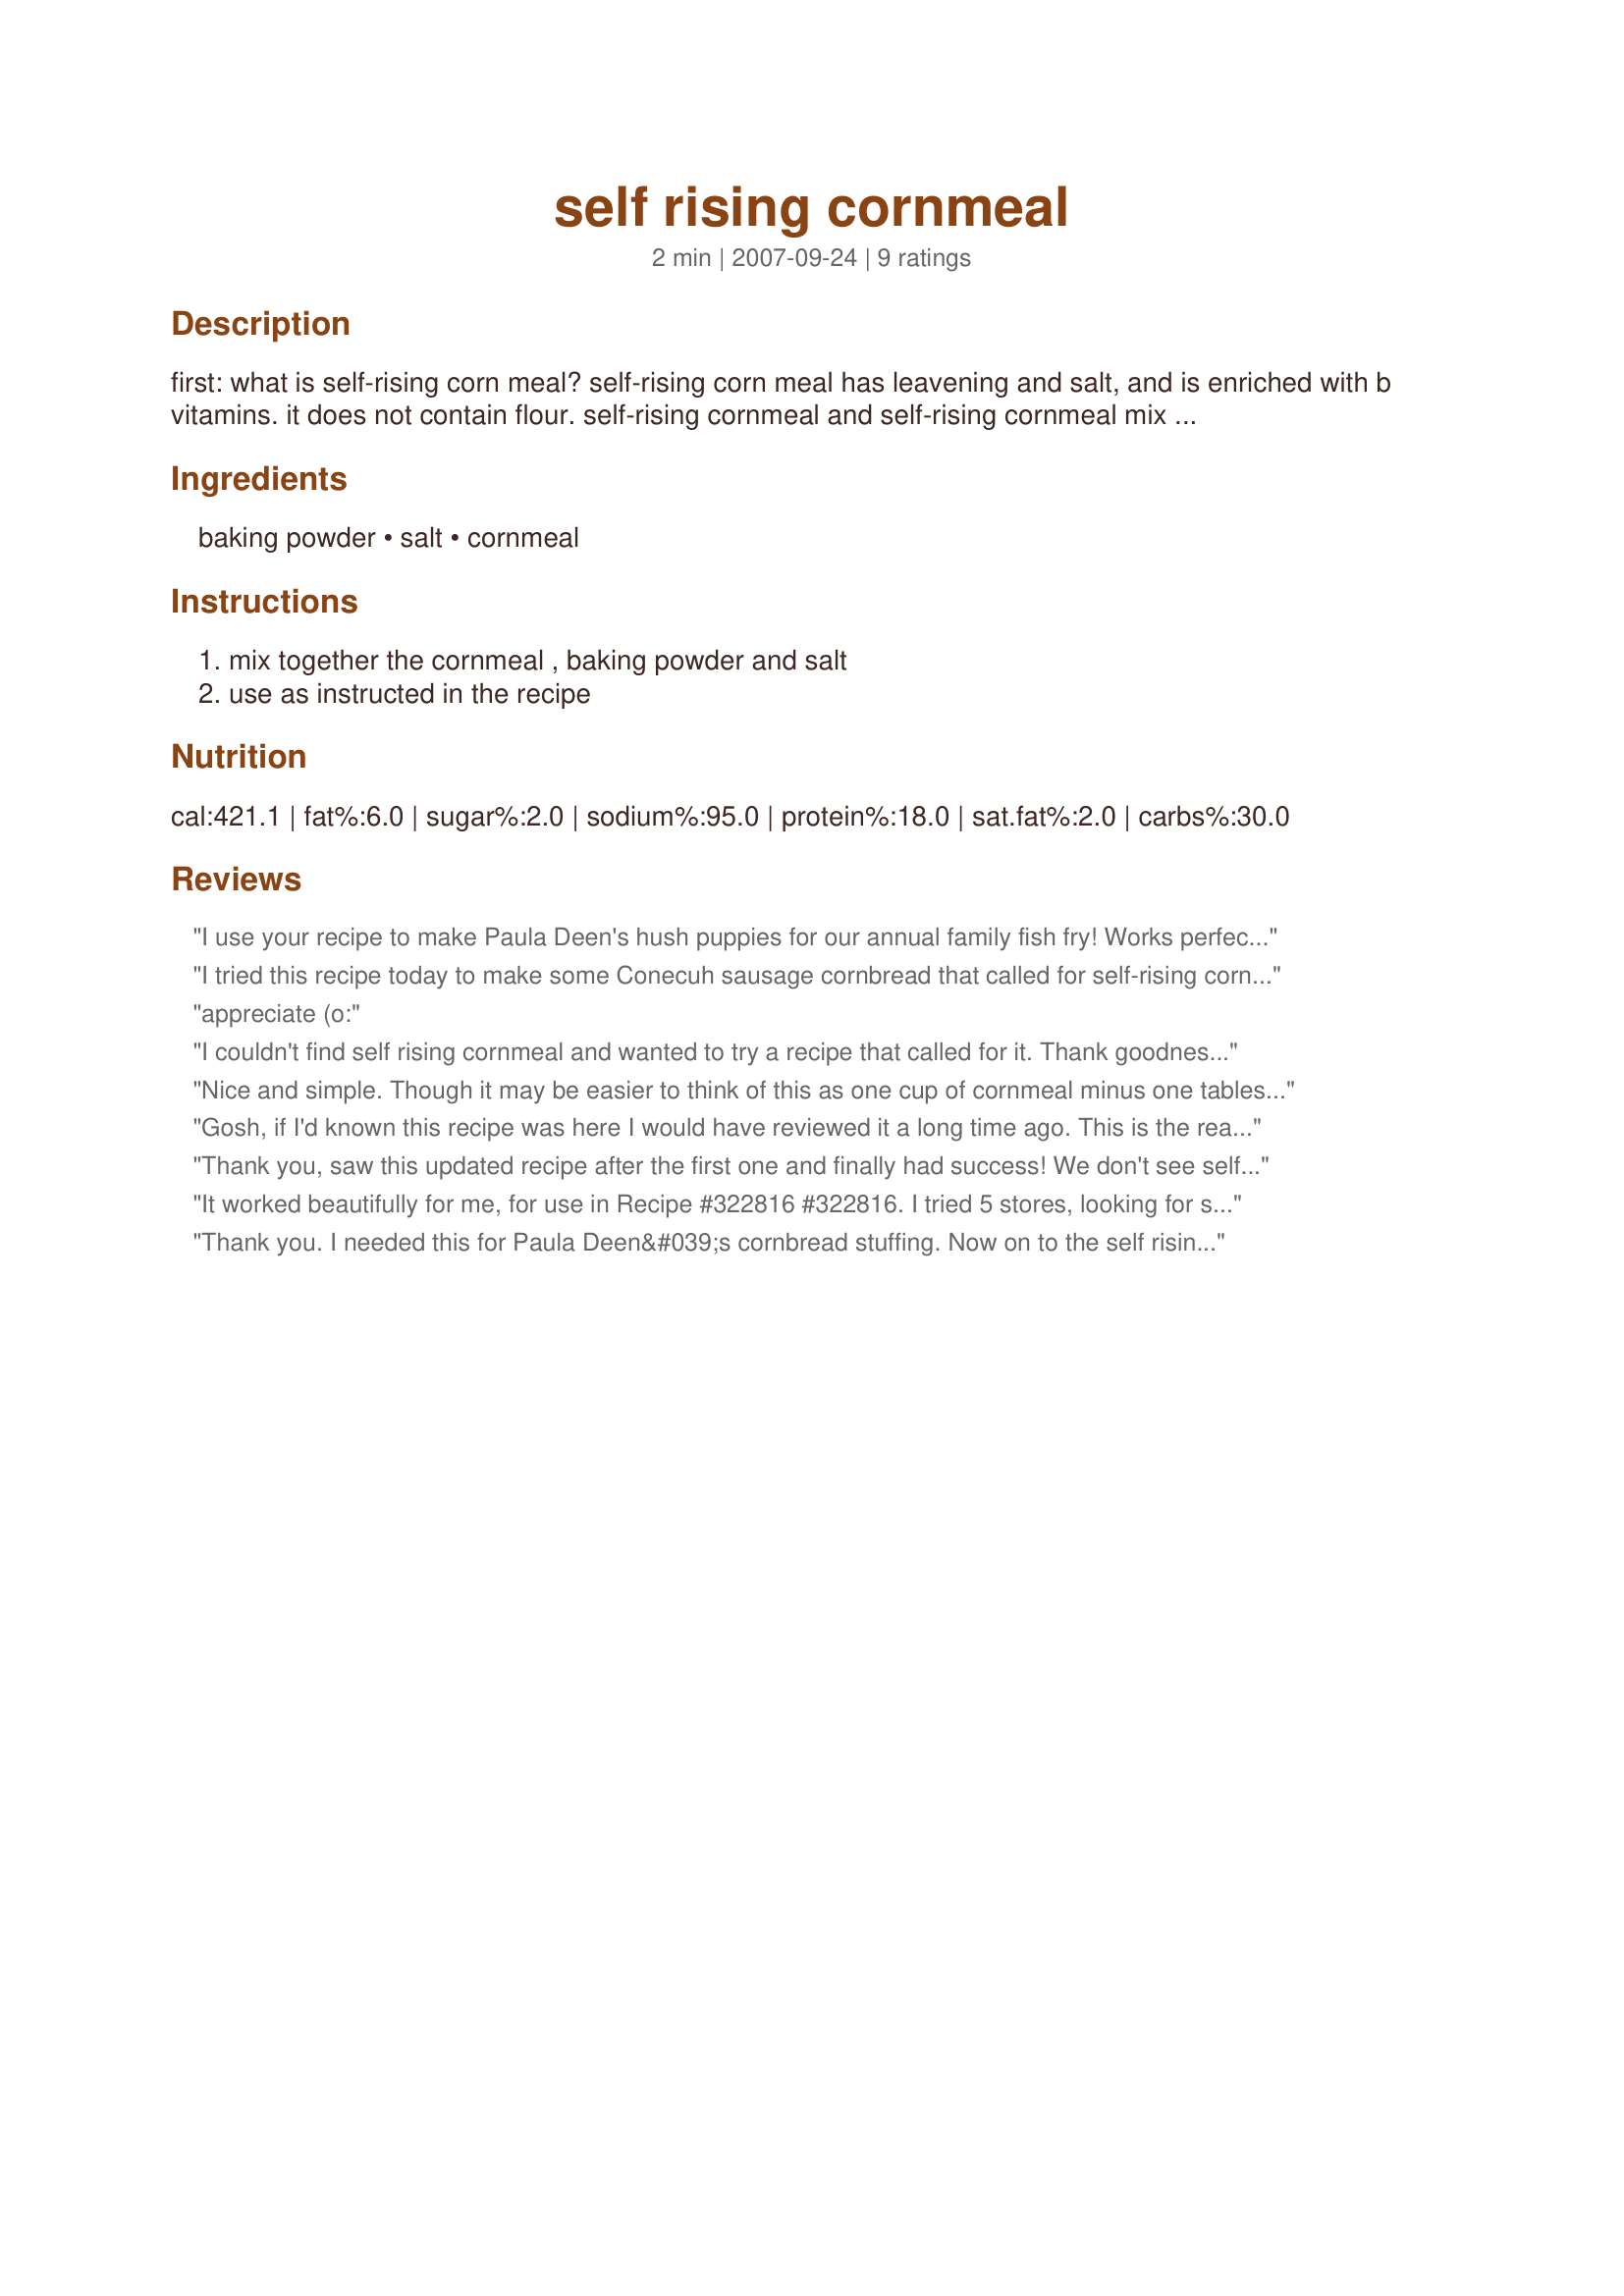
self rising cornmeal
Preparation time: 2 minutes

first: what is self-rising corn meal?
self-rising corn meal has leavening and salt, and is enriched with b vitamins. it does not contain flour.
self-rising cornmeal and self-rising cornmeal mix is not available in my part of the country so had to go online to find out how to make my own. there must be others out there with the same problem so decided to post. information cmes from aunt jemima's website!

if your recipe calls for self-rising cornmeal mix go to recipe #254874

Ingredients:
baking powder, salt, cornmeal

Steps:
mix together the cornmeal , baking powder and salt, use as instructed in the recipe

Reviews:
I use your recipe to make Paula Deen's hush puppies for our annual family fish fry! Works perfectly!!
I tried this recipe today to make some Conecuh sausage cornbread that called for self-rising cornmeal, not cornbread mix. My cornbread turned out just perfectly. Be sure to use baking POWDER, not soda, just as the recipe calls for.
appreciate (o:
I couldn't find self rising cornmeal and wanted to try a recipe that called for it. Thank goodness I found this. It saved the day and I was able to make the recipe I wanted.
Nice and simple. Though it may be easier to think of this as one cup of cornmeal minus one tablespoon. I fill the cup pyrex then take out a tablespoon then add the baking soda and salt. For best results make sure your baking soda is fresh. (buy some at the store the next time you go and throw that old stuff in the bottom of the fridge to absorb odors--the stuff is cheap, keep a fresh supply on hand)
Gosh, if I'd known this recipe was here I would have reviewed it a long time ago. This is the real deal and the recipe description says it all: if it has flour in it, it's NOT self-rising cornmeal. Cornmeal mix will work in a lot of recipes just fine but not in all of them, my Salmon Patties recipe for one. I use self-rising 
cornmeal all the time and used to find it everywhere, but about a year ago, it disappeared from all the store shelves here in the St. Louis area. So, I've been mixing my own and it's just like your recipe except that I usually round the cornmeal to 1 cup, leave everything else the same, and just store what I don't use. 
If you need exactly 1 cup of self-rising cornmeal, this recipe is perfect. Thanks so much for posting the 
recipe.
Thank you, saw this updated recipe after the first one and finally had success! We don't see self rising cornmeal mix in the north anywhere either, but can buy bags of plain meal...am next going to try the cast iron pan -in -the -oven -cornbread w jalape&ntilde;os! ...for Bday chili. Thnx!
It worked beautifully for me, for use in Recipe #322816 #322816. I tried 5 stores, looking for self-rising cornmeal...to no effect. This was life saver. Thanks for posting it!
Thank you. I needed this for Paula Deen&#039;s cornbread stuffing. Now on to the self rising flour
